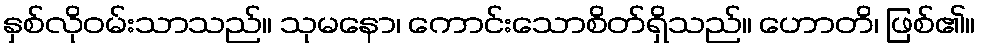
နှစ်လိုဝမ်းသာသည်။ သုမနော၊ ကောင်းသောစိတ်ရှိသည်။ ဟောတိ၊ ဖြစ်၏။